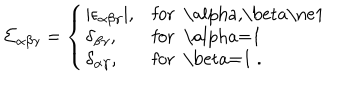
\Sigma _ { \alpha \beta \gamma } = \left\{ \left\{ \begin{cases} { { | \epsilon _ { \alpha \beta \gamma } | , } } & { { f o r \alpha , \beta \ne 1 } } \\ { { \delta _ { \beta \gamma } , } } & { { f o r \alpha = 1 } } \\ { { \delta _ { \alpha \gamma } , } } & { { f o r \beta = 1 . } } \\ \end{cases} \right. \right.